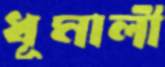
ধূমালী